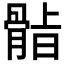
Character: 𮪫